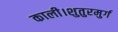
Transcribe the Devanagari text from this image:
काली।शुतुरमुर्ग